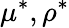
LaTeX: \mu^{*},\rho^{*}